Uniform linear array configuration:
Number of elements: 24
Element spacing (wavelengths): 0.25
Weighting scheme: cosine
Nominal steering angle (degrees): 45
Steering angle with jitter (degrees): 43.095
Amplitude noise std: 0.05
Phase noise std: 0.05

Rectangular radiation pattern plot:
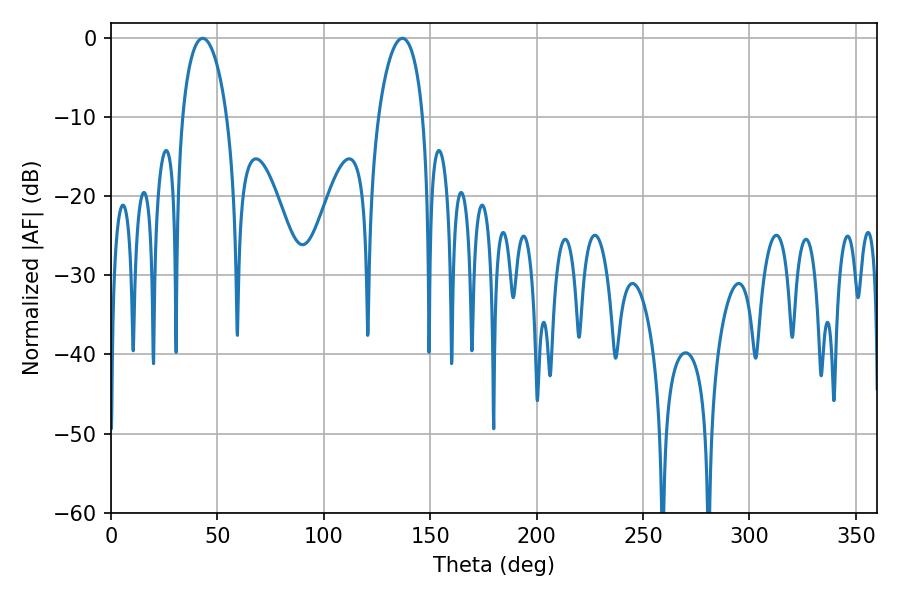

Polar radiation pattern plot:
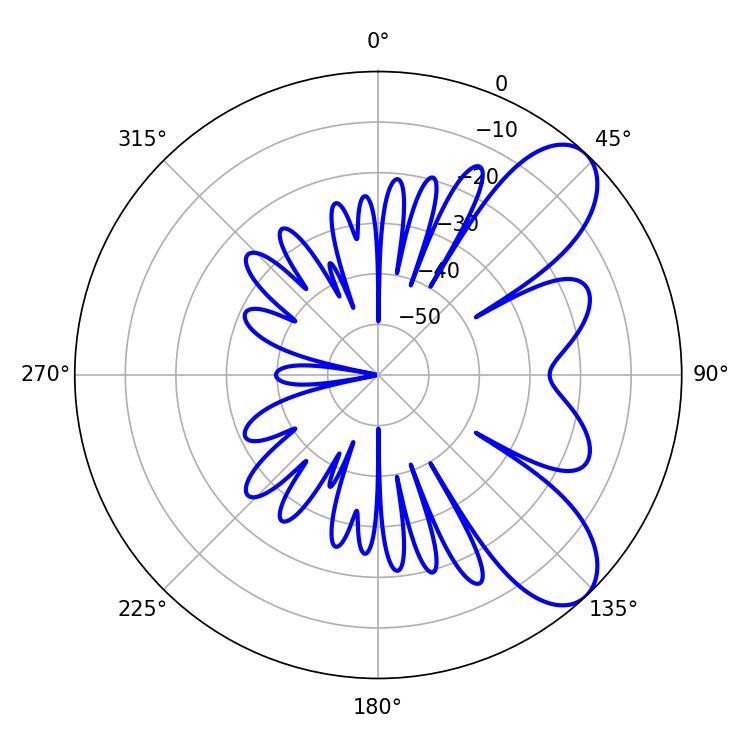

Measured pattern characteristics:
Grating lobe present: FALSE
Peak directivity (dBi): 8.029
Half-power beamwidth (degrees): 11.88
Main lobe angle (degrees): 43.02